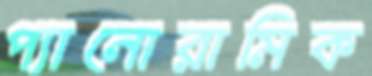
প্যানোরামিক